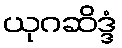
ယုဂဆိဒ္ဒံ